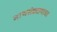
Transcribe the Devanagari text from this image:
नाथसंप्रदायाचा